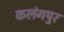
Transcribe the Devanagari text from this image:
कलंगपुर